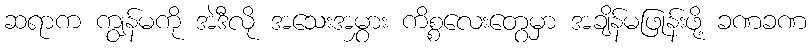
ဆရာက ကျွန်မကို အဲဒီလို အသေးအမွှား ကိစ္စလေးတွေမှာ အချိန်မဖြုန်းဖို့ ခဏခဏ